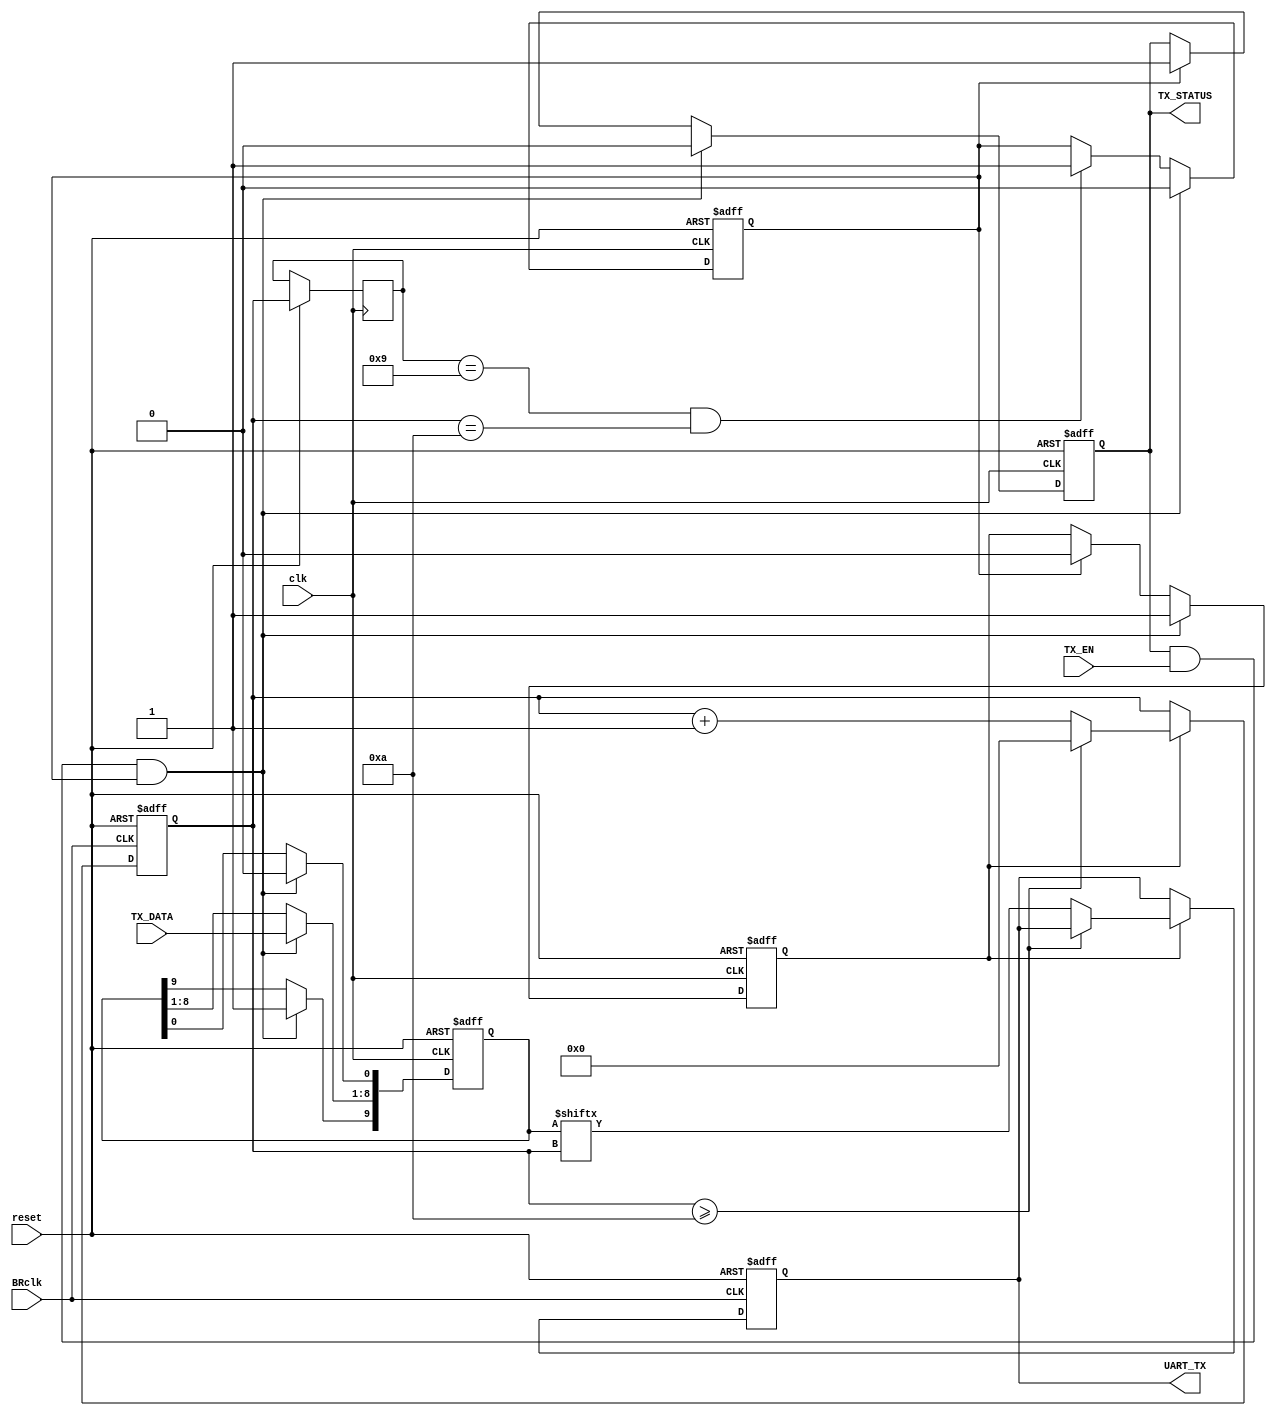
`timescale 1ns/1ps

module sender(clk, BRclk, reset, TX_EN, TX_DATA, TX_STATUS, UART_TX);
input clk, BRclk, reset, TX_EN;
input [7:0] TX_DATA;
output reg TX_STATUS, UART_TX;

reg sending, sended;
reg [3:0] send_num;
reg [9:0] data;

always @(posedge BRclk or negedge reset)
begin
	if (~reset)
	begin
		send_num <= 0;
		UART_TX <= 1;
	end
	else
	begin
		if(sending)
		begin
			send_num <= send_num + 4'd1;

			if(send_num >= 4'b1010)
			begin
				send_num <= 0;
			end
			else UART_TX <= data[send_num];
		end
	end
end

reg [3:0] flag;

always @(posedge clk or negedge reset)
begin
	if (~reset)
	begin
		sended <= 1;
		sending <= 0;
		TX_STATUS <= 1;
		data <= 0;
	end
	else
	begin
		flag <= send_num;
		if(flag == 4'b1001 && send_num == 4'b1010) sended <= 1;

		if(TX_STATUS && TX_EN && sended)
		begin
			sended <= 0;
			TX_STATUS <= 0;
			sending <= 1;
			data[8:1] <= TX_DATA;
			data[0] <= 0;
			data[9] <= 1;
		end

		else if(sended)
		begin
			sending <= 0;
			TX_STATUS <= 1;
		end
	end
end

endmodule